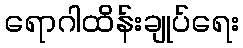
ရောဂါထိန်းချုပ်ရေး